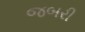
જબરી